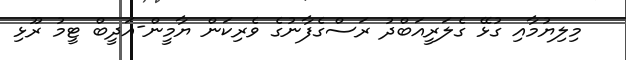
މިލިޔުމާއި ގުޅޭ ގެލަރީއަބްދު ރަސްގެފާނުގެ ވެރިކަން ޔާމީން-އަދީބް ޓީމު ރޫޅި